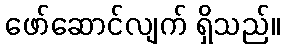
ဖော်ဆောင်လျက် ရှိသည်။